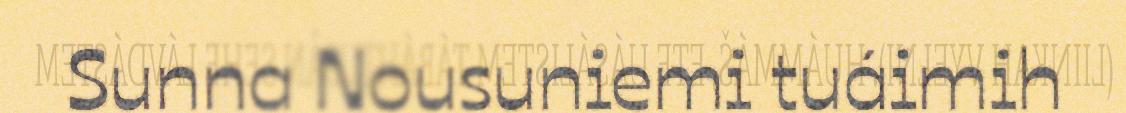
Sunna Nousuniemi tuáimih